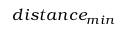
d i s t a n c e _ { m i n }